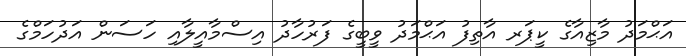
އަޙްމަދު މާޒިއާގެ ކީޕަރ އާތިފު އަޙްމަދު ވީބީގެ ފަރުހާދު އިސްމާއީލާއި ހަސަން އަދުހަމްގެ